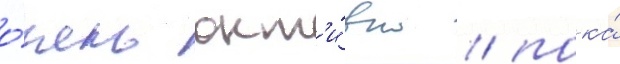
о́чень акт'и́вно / пока́